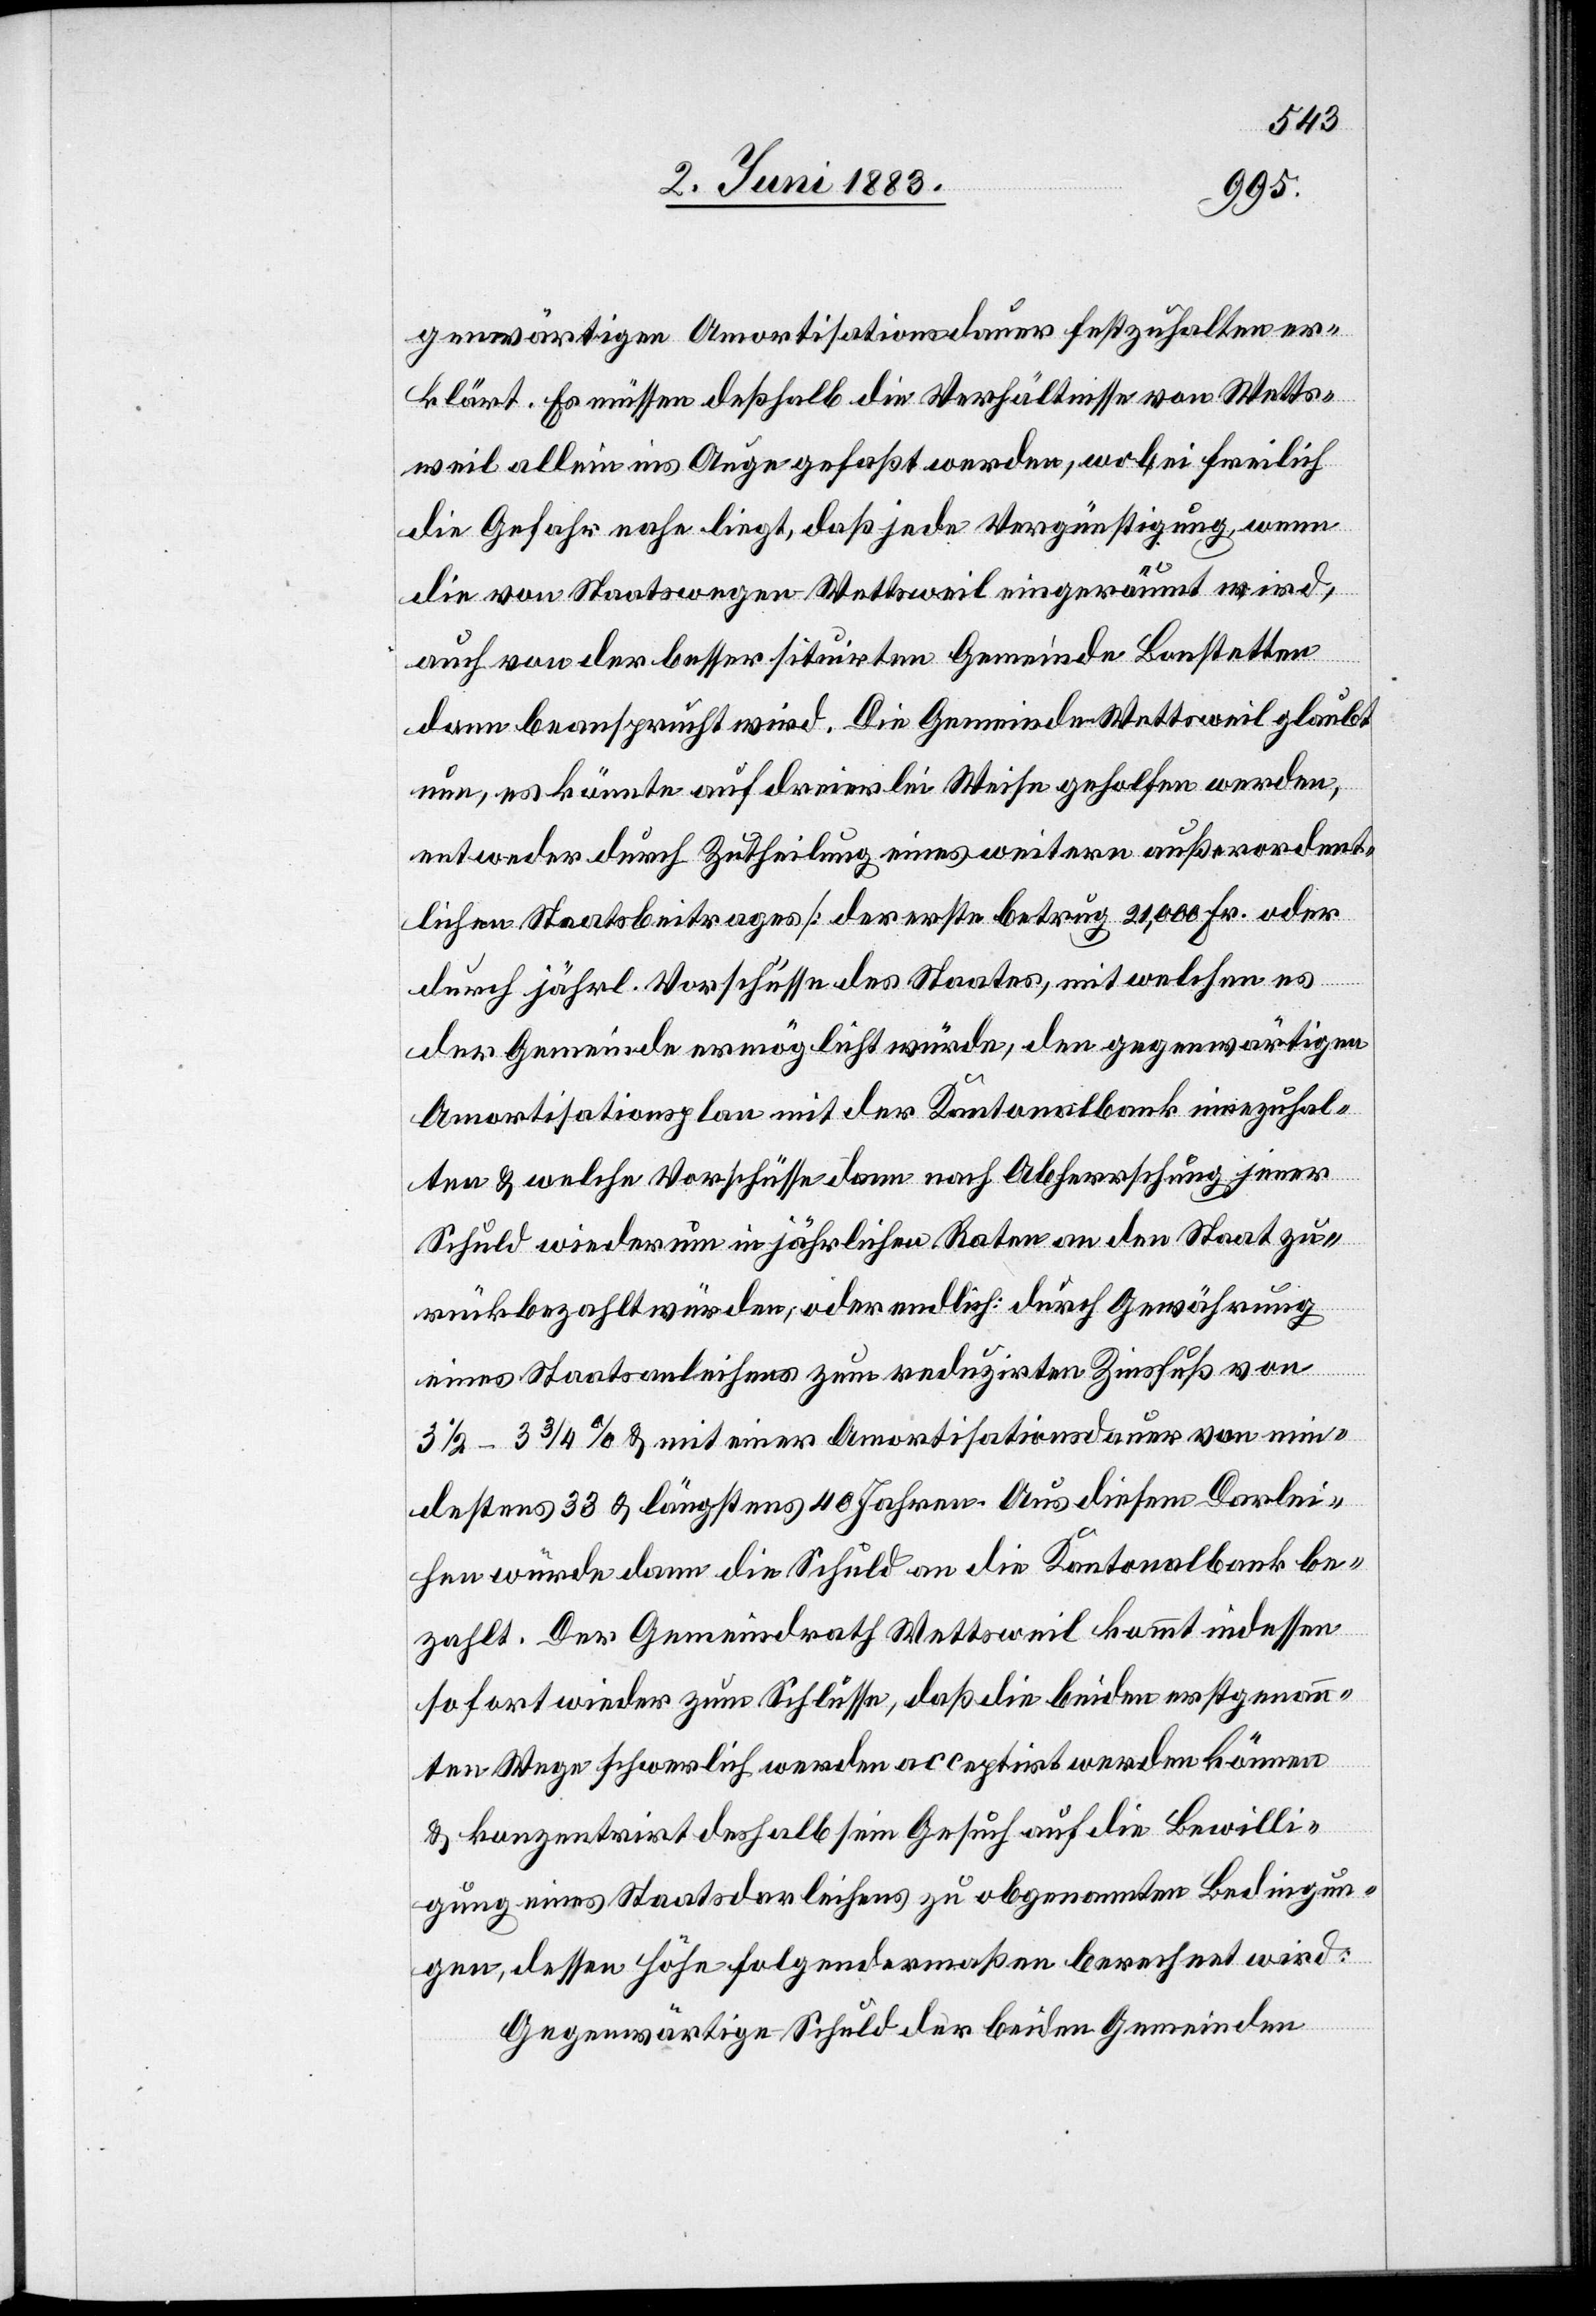
genwärtigen Amortisationsdauer festzuhalten er¬
klärt. Es müssen deßhalb die Verhältnisse von Wetts¬
weil allein ins Auge gefaßt werden, wobei freilich
die Gefahr nahe liegt, daß jede Vergünstigung, wenn
die[se] von Staatswegen Wettsweil eingeräumt wird,
auch von der besser situirten Gemeinde Bonstetten
dann beansprucht wird. Die Gemeinde Wettsweil glaubt
nun, es könnte auf dreierlei Weise geholfen werden,
entweder durch Zutheilung eines weitern außerordent¬
lichen Staatsbeitrages [der erste betrug 21,000 Fr. oder
durch jährl. Vorschüsse des Staates, mit welchen es
der Gemeinde ermöglicht würde, den gegenwärtigen
Amortisationsplan mit der Kantonalbank einzuhal¬
ten & welche Vorschüsse dem nach Abherrschung jener
Schuld wiederum in jährlichen Raten an den Staat zu¬
rückbezahlt würden, oder endlich durch Gewährung
eines Staatsanleihens zum reduzirten Zinsfuß von
3 1/2–3 3/4% & mit einer Amortisationsdauer von min¬
destens 33 & längstens 40 Jahren. Aus diesem Darlei¬
hen würde dann die Schuld an die Kantonalbank be¬
zahlt. Der Gemeindrath Wettsweil kommt indessen
sofort wieder zum Schlusse, daß die beiden erstgenann¬
ten Wege schwerlich werden acceptirt werden können
& konzentrirt deshalb sein Gesuch auf die Bewilli¬
gung eines Staatsdarleihens zu obgenannten Bedingun¬
gen, dessen Höhe folgendermaßen berechnet wird.
Gegenwärtige Schuld der beiden Gemeinden